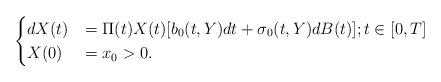
LaTeX: \begin{align*} \begin{cases}dX(t)&=\Pi(t)X(t)[b_0(t,Y)dt+\sigma_0(t,Y)dB(t)]; t\in[0, T]\\X(0)&=x_0>0.\end{cases} \end{align*}